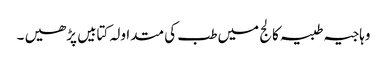
وہاجیہ طبیہ کالج میں طب کی متداولہ کتابیں پڑھیں ۔